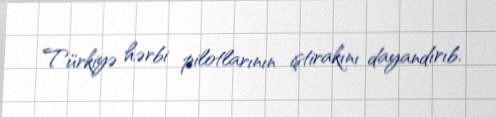
Türkiyə hərbi pilotlarının iştirakını dayandırıb.